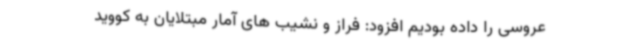
عروسی را داده بودیم افزود: فراز و نشیب های آمار مبتلایان به کووید